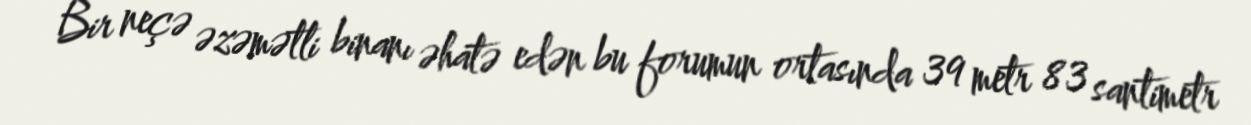
Bir neçə əzəmətli binanı əhatə edən bu forumun ortasında 39 metr 83 santimetr